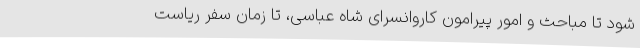
شود تا مباحث و امور پیرامون کاروانسرای شاه عباسی، تا زمان سفر ریاست